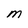
Character: M